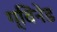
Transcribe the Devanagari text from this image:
ग्विनेड